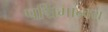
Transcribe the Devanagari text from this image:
पश्चिमान्वय